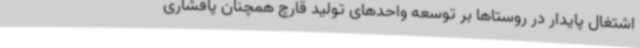
اشتغال پایدار در روستاها بر توسعه واحدهای تولید قارچ همچنان پافشاری